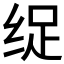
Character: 𮉩